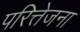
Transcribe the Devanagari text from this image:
परित्तेजना